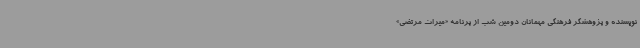
نویسنده و پژوهشگر فرهنگی مهمانان دومین شب از برنامه «میراث مرتضی»